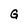
Character: G